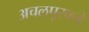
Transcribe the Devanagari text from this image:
अचलपूरकडे